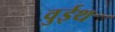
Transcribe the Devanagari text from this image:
वुईथ